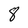
Character: 8